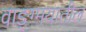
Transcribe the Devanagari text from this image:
वाङ्ग्मयातील